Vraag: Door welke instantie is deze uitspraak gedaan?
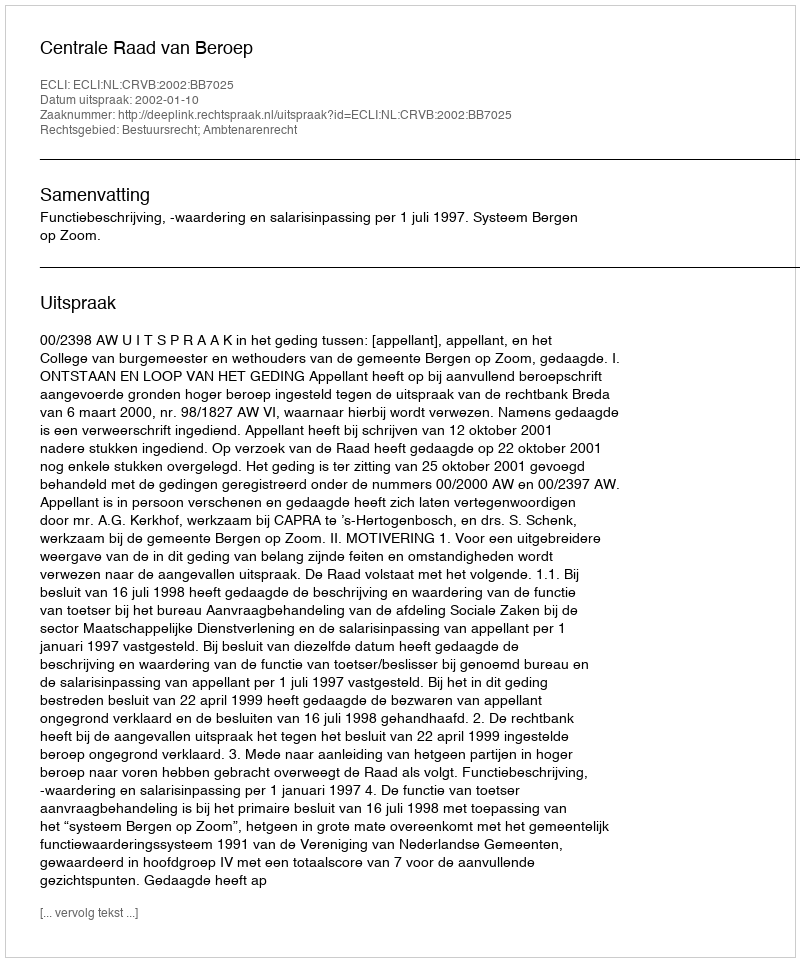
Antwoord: Centrale Raad van Beroep